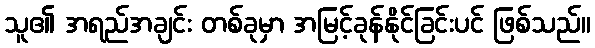
သူ၏ အရည်အချင်း တစ်ခုမှာ အမြင့်ခုန်နိုင်ခြင်းပင် ဖြစ်သည်။